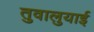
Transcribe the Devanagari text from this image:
तुवालुयाई